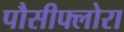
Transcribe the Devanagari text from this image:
पौसीफ्लोरा